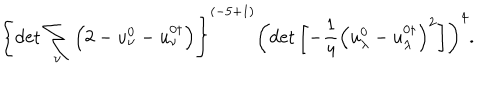
LaTeX: \left\{ \det \sum _ { \nu } \left( 2 - u _ { \nu } ^ { 0 } - u _ { \nu } ^ { 0 \dagger } \right) \right\} ^ { ( { - 5 + 1 } ) } \left( \det \left[ - \frac 1 4 \left( u _ { \lambda } ^ { 0 } - u _ { \lambda } ^ { 0 \dagger } \right) ^ { 2 } \right] \right) ^ { 4 } .